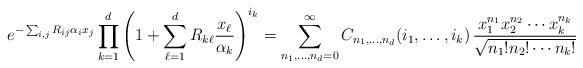
\begin{align*}e^{-\sum_{i,j}R_{ij}\alpha_ix_j}\prod_{k=1}^{d}\left(1+\sum_{\ell=1}^{d}R_{k\ell}\frac{x_\ell}{\alpha_k}\right)^{i_k}=\sum_{n_1,\ldots,n_{d}=0}^{\infty}C_{n_1,\ldots,n_{d}}(i_1,\ldots,i_{k})\,\frac{x_1^{n_1}x_{2}^{n_2}\cdots x_{k}^{n_k}}{\sqrt{n_1!n_2!\cdots n_{k}!}}\end{align*}